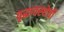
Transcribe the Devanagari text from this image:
वृद्धावस्थेची